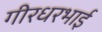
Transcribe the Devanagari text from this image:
गीरधरभाई